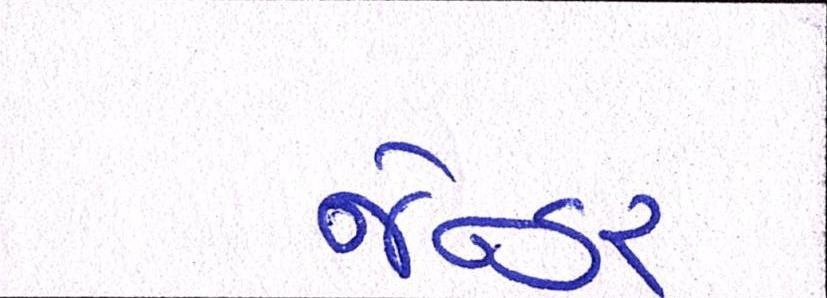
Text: જેન્ડર